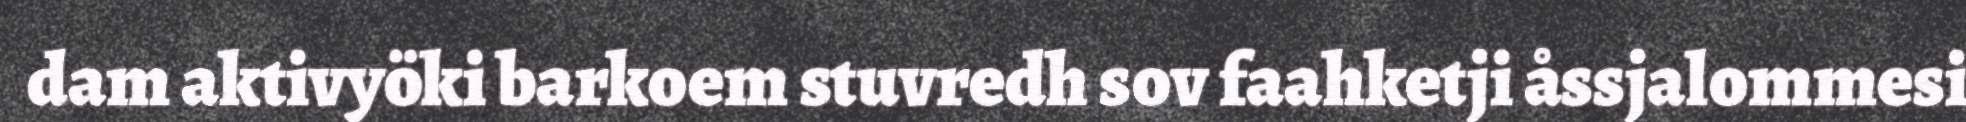
dam aktivyöki barkoem stuvredh sov faahketji åssjalommesi